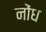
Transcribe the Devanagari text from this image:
नोंध